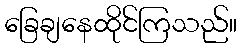
ခြေချနေထိုင်ကြသည်။